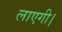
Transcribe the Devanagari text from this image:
लाएगी।